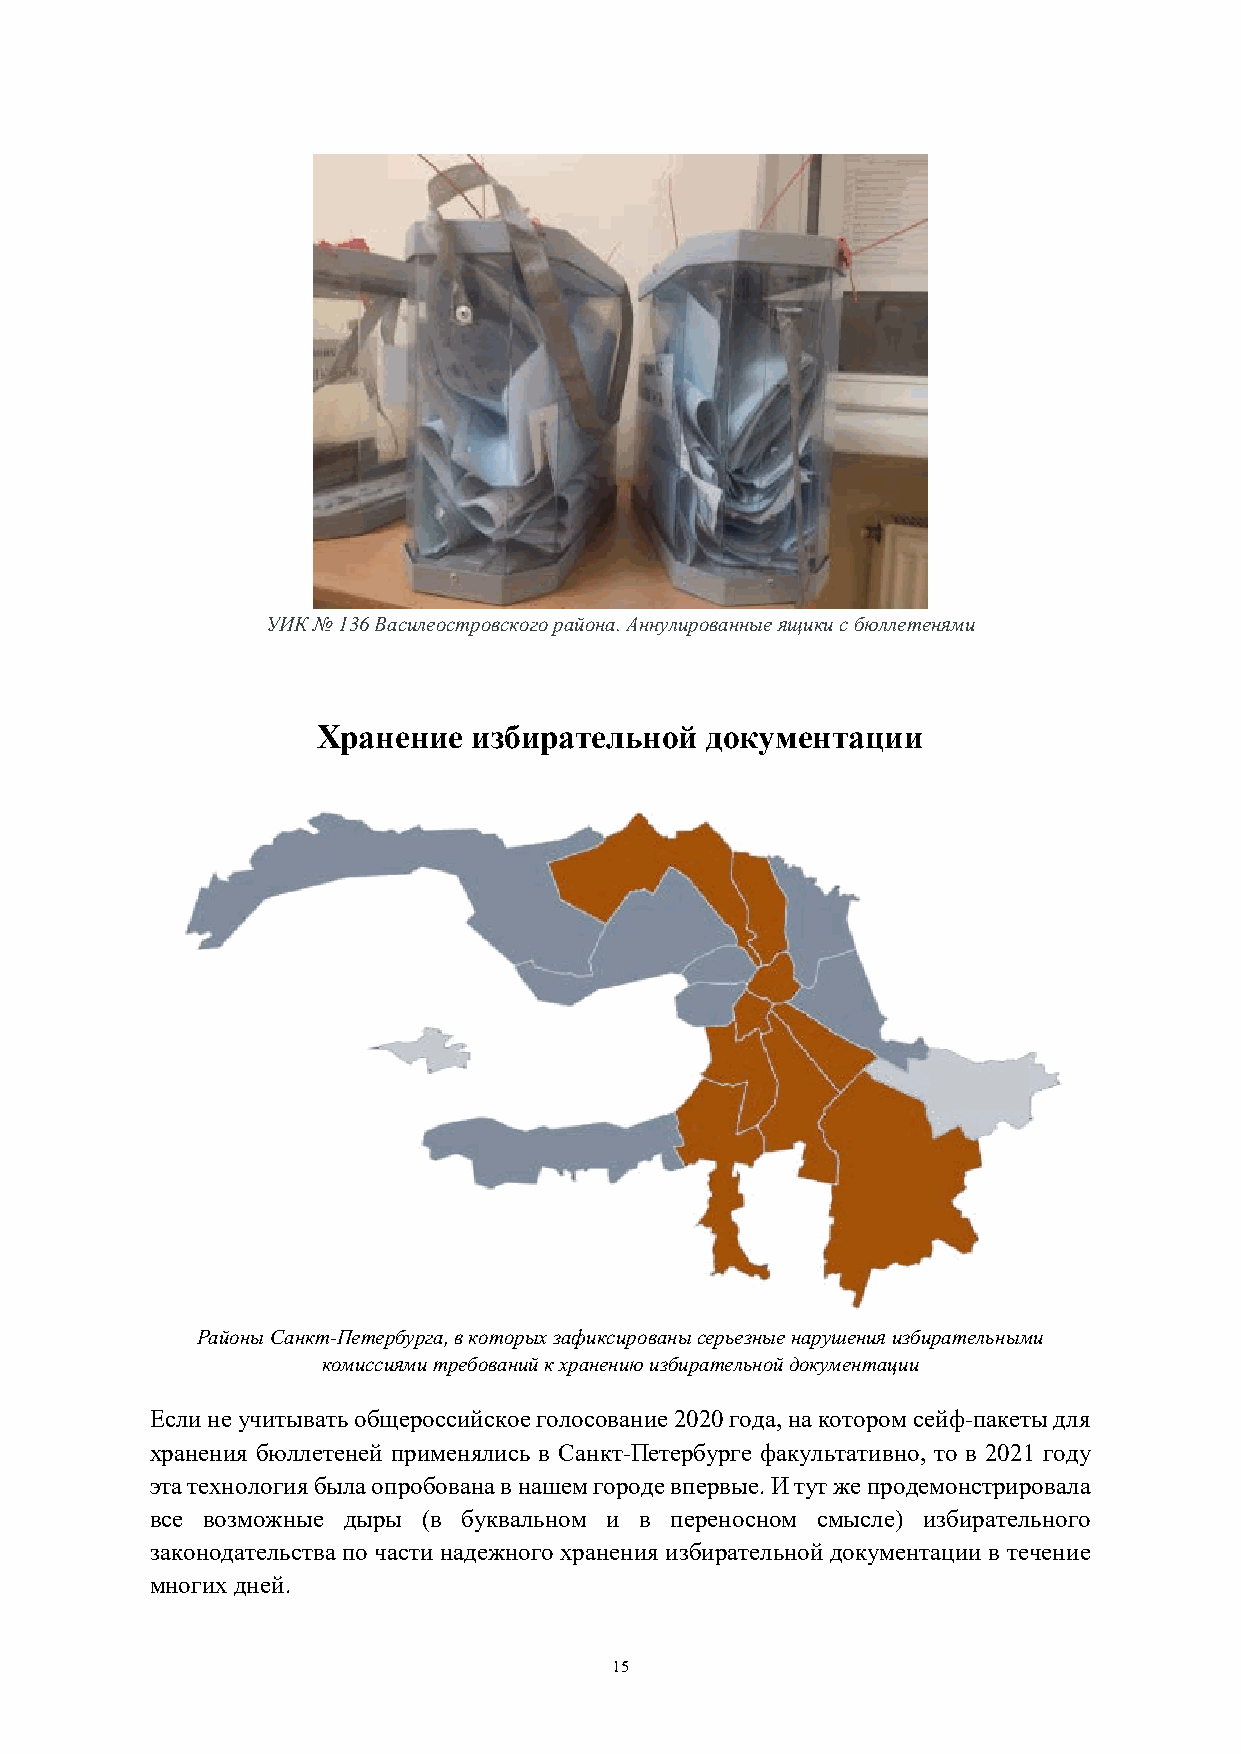
УИК № 136 Василеостровского района. Аннулированные ящики с бюллетенями
 Хранение  избирательной   документации
 Районы Санкт-Петербурга, в которых зафиксированы серьезные нарушения избирательными
 комиссиями требований к хранению избирательной документации
 Если не учитывать общероссийское голосование 2020 года, на котором сейф-пакеты для
 хранения бюллетеней применялись в Санкт-Петербурге факультативно, то в 2021 году
 эта технология была опробована в нашем городе впервые. И тут же продемонстрировала
 все возможные дыры (в буквальном и в переносном смысле) избирательного
 законодательства по части надежного хранения избирательной документации в течение
 многих дней.
 15